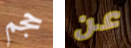
حجم عن